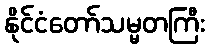
နိုင်ငံတော်သမ္မတကြီး